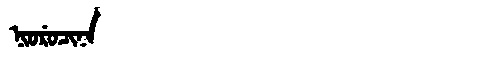
Manchu: ᠨᡳᠣᡵᡠᠴᡳᠨᠠ
Romanization: NIORUCINA